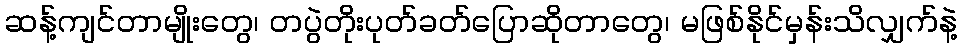
ဆန့်ကျင်တာမျိုးတွေ၊ တပွဲတိုးပုတ်ခတ်ပြောဆိုတာတွေ၊ မဖြစ်နိုင်မှန်းသိလျှက်နဲ့